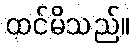
ထင်မိသည်။